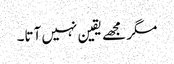
مگر مجھے یقین نہیں آتا۔